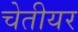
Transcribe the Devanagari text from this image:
चेतीयर